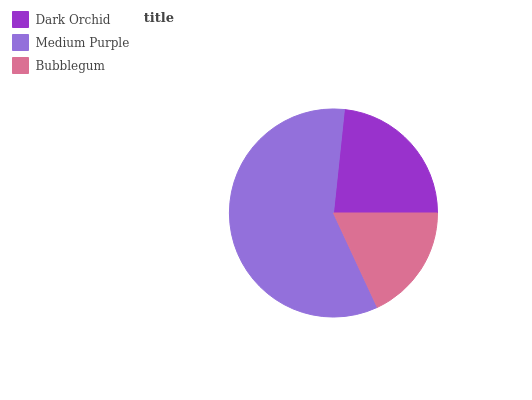
| Dark Orchid | Medium Purple | Bubblegum |
 | --- | --- | --- |
 | 23.4% | 58.5% | 18.1% |